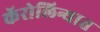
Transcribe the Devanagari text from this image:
कॅरोलिन्यात